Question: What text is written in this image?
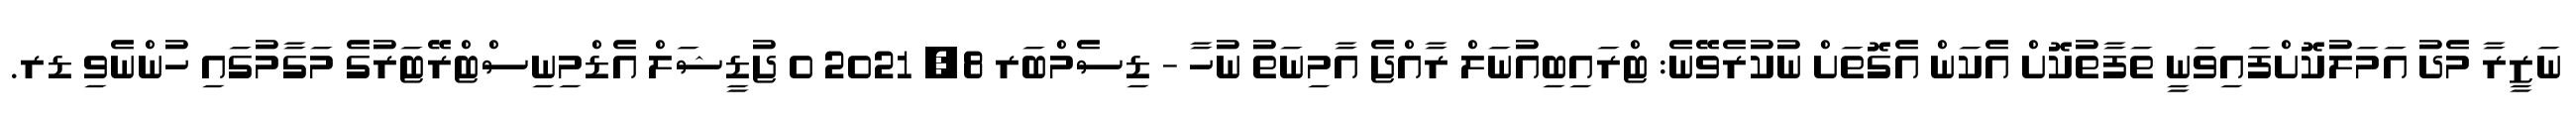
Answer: ނަޒީރާ މެދު އަމަލުކޮށްފައިވަނީ ތަފާތުކޮށް އެކަން އެގޮތަށް ނުކުރެވޭނެ: ޓްރައިބިއުނަލް ރާއްޖެ އާމިނަތު ނުހާ - ޑިސެމްބަރ 8, 2021 0 ޖުޑީޝަލް އެޑްމިނިސްޓްރޭޓަރުގެ މަގާމުގައި ހުންނެވި ޑރ.